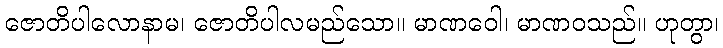
ဇောတိပါလောနာမ၊ ဇောတိပါလမည်သော။ မာဏဝေါ၊ မာဏဝသည်။ ဟုတွာ၊